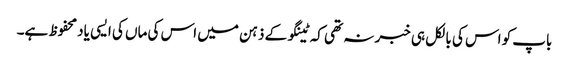
باپ کو اس کی بالکل ہی خبر نہ تھی کہ ٹینگو کے ذہن میں اس کی ماں کی ایسی یاد محفوظ ہے۔